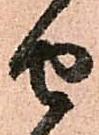
せ